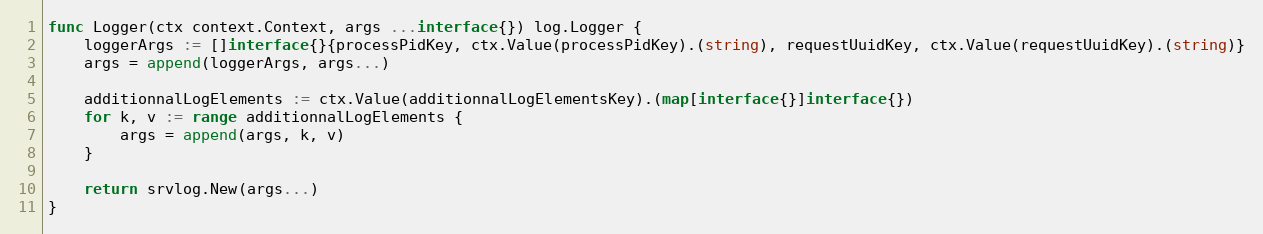
Language: Go
func Logger(ctx context.Context, args ...interface{}) log.Logger {
	loggerArgs := []interface{}{processPidKey, ctx.Value(processPidKey).(string), requestUuidKey, ctx.Value(requestUuidKey).(string)}
	args = append(loggerArgs, args...)

	additionnalLogElements := ctx.Value(additionnalLogElementsKey).(map[interface{}]interface{})
	for k, v := range additionnalLogElements {
		args = append(args, k, v)
	}

	return srvlog.New(args...)
}